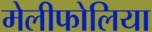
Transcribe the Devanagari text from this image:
मेलीफोलिया